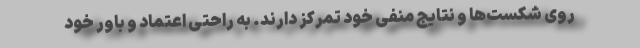
روی شکست‌ها و نتایج منفی خود تمرکز دارند. به راحتی اعتماد و باور خود